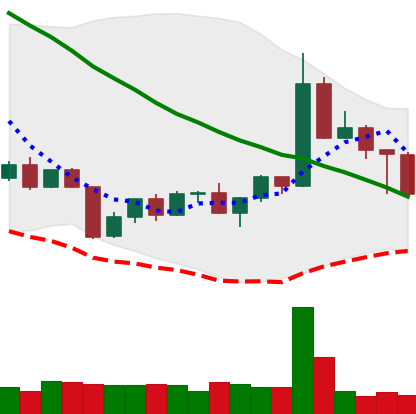
Ticker: TRX-USD
Chart end date: 2022-04-26
Forward return: 14.512%
Label: up_7plus